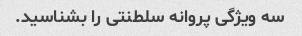
سه ویژگی پروانه سلطنتی را بشناسید.